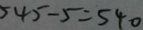
5 4 5 - 5 = 5 4 0